Scottish Certificate of Education, 1963
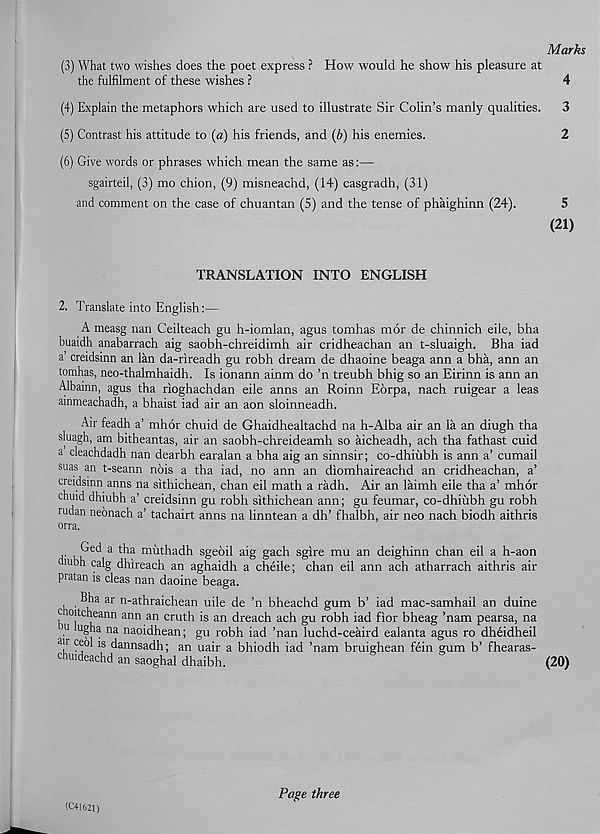
Marks
(3) What two wishes does the poet express ? How would he show his pleasure at
the fulfilment of these wishes ?
4
(4) Explain the metaphors which are used to illustrate Sir Colin’s manly qualities. 3
(5) Contrast his attitude to (a) his friends, and (b) his enemies.
2
(6) Give words or phrases which mean the same as:—
sgairteil, (3) mo chion, (9) misneachd, (14) casgradh, (31)
and comment on the case of chuantan (5) and the tense of phaighinn (24).
5
(21)
TRANSLATION INTO ENGLISH
2. Translate into English:—
A measg nan Ceilteach gu h-iomlan, agus tomhas mor de chinnich eile, bha
buaidh anabarrach aig saobh-chreidimh air cridheachan an t-sluaigh. Bha iad
a creidsinn an lan da-rireadh gu robh dream de dhaoine beaga ann a bha, ann an
tomhas, neo-thalmhaidh. Is ionann ainm do ’n treubh bhig so an Eirinn is ann an
Albainn, agus tha rioghachdan eile anns an Roinn Eorpa, nach ruigear a leas
ainmeachadh, a bhaist iad air an aon sloinneadh.
Air feadh a’ mhor chuid de Ghaidhealtachd na h-Alba air an la an diugh tha
sluagh, am bitheantas, air an saobh-chreideamh so aicheadh, ach tha fathast cuid
a cleachdadh nan dearbh earalan a bha aig an sinnsir; co-dhiiibh is ann a’ cumail
suas an t-seann nois a tha iad, no ann an diomhaireachd an cridheachan, a’
creidsinn anns na sithichean, chan eil math a radh. Air an laimh eile tha a’ mhor
chuid dhiubh a’ creidsinn gu robh sithichean ann; gu feumar, co-dhiiibh gu robh
rudan neonach a’ tachairt anns na linntean a dh’ fhalbh, air neo nach biodh aithris
orra.
P e<^ a t^la ^thadh sgeoil aig gach sgire mu an deighinn chan eil a h-aon
mbh calg dhireach an aghaidh a cheile; chan eil ann ach atharrach aithris air
pratan is cleas nan daoine beaga.
Bha ar n-athraichean uile de ’n bheachd gum b’ iad mac-samhail an duine
c oitcheann ann an cruth is an dreach ach gu robh iad fior bheag ’nam pearsa, na
u lu gha na naoidhean; gu robh iad ’nan luchd-ceaird ealanta agus ro dheidheil
a >r ceol is dannsadh; an uair a bhiodh iad ’nam bruighean fein gum b’ fhearas-
cnuideachd an saoghal dhaibh.
(20)
(C41621)
Page three